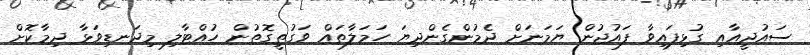
ސައުދީއާއި ގުޅިފައިވާ ފައުޖުން ޔަމަނަށް ދެމުންގެންދިޔަ ހަމަލާތައް ވަގުތީގޮތުން ހުއްޓާލި މިދަނޑިވަޅާ ދިމާކޮށް